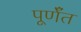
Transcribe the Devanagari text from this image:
पूर्णँत